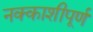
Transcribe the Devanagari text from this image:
नक्काशीपूर्ण